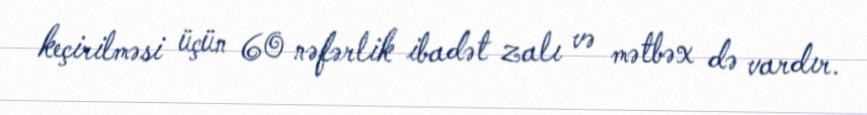
keçirilməsi üçün 60 nəfərlik ibadət zalı və mətbəx də vardır.